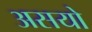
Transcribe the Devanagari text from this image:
असयो